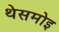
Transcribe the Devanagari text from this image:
थेसमोइ